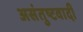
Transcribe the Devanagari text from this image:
असंतुष्टवादी